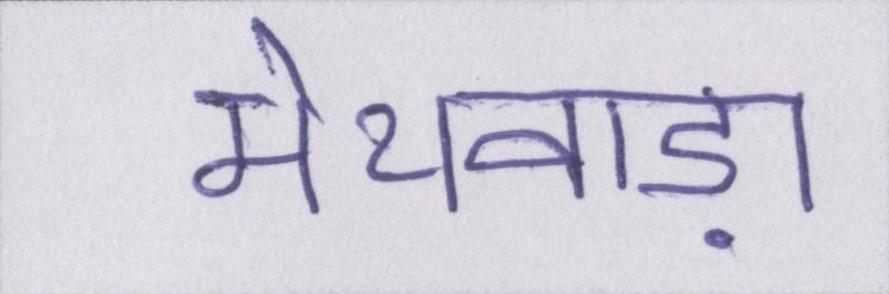
मेथवाड़ा